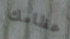
عظامك